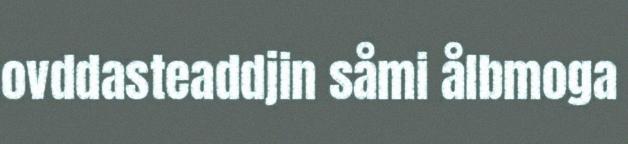
ovddasteaddjin såmi ålbmoga